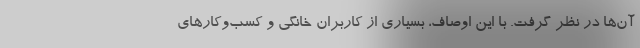
آن‌ها در نظر گرفت. با این اوصاف، بسیاری از کاربران خانگی و کسب‌وکارهای